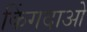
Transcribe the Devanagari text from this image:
किंगदाओ